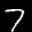
Label: 7